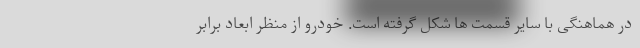
در هماهنگی با سایر قسمت ها شکل گرفته است. خودرو از منظر ابعاد برابر